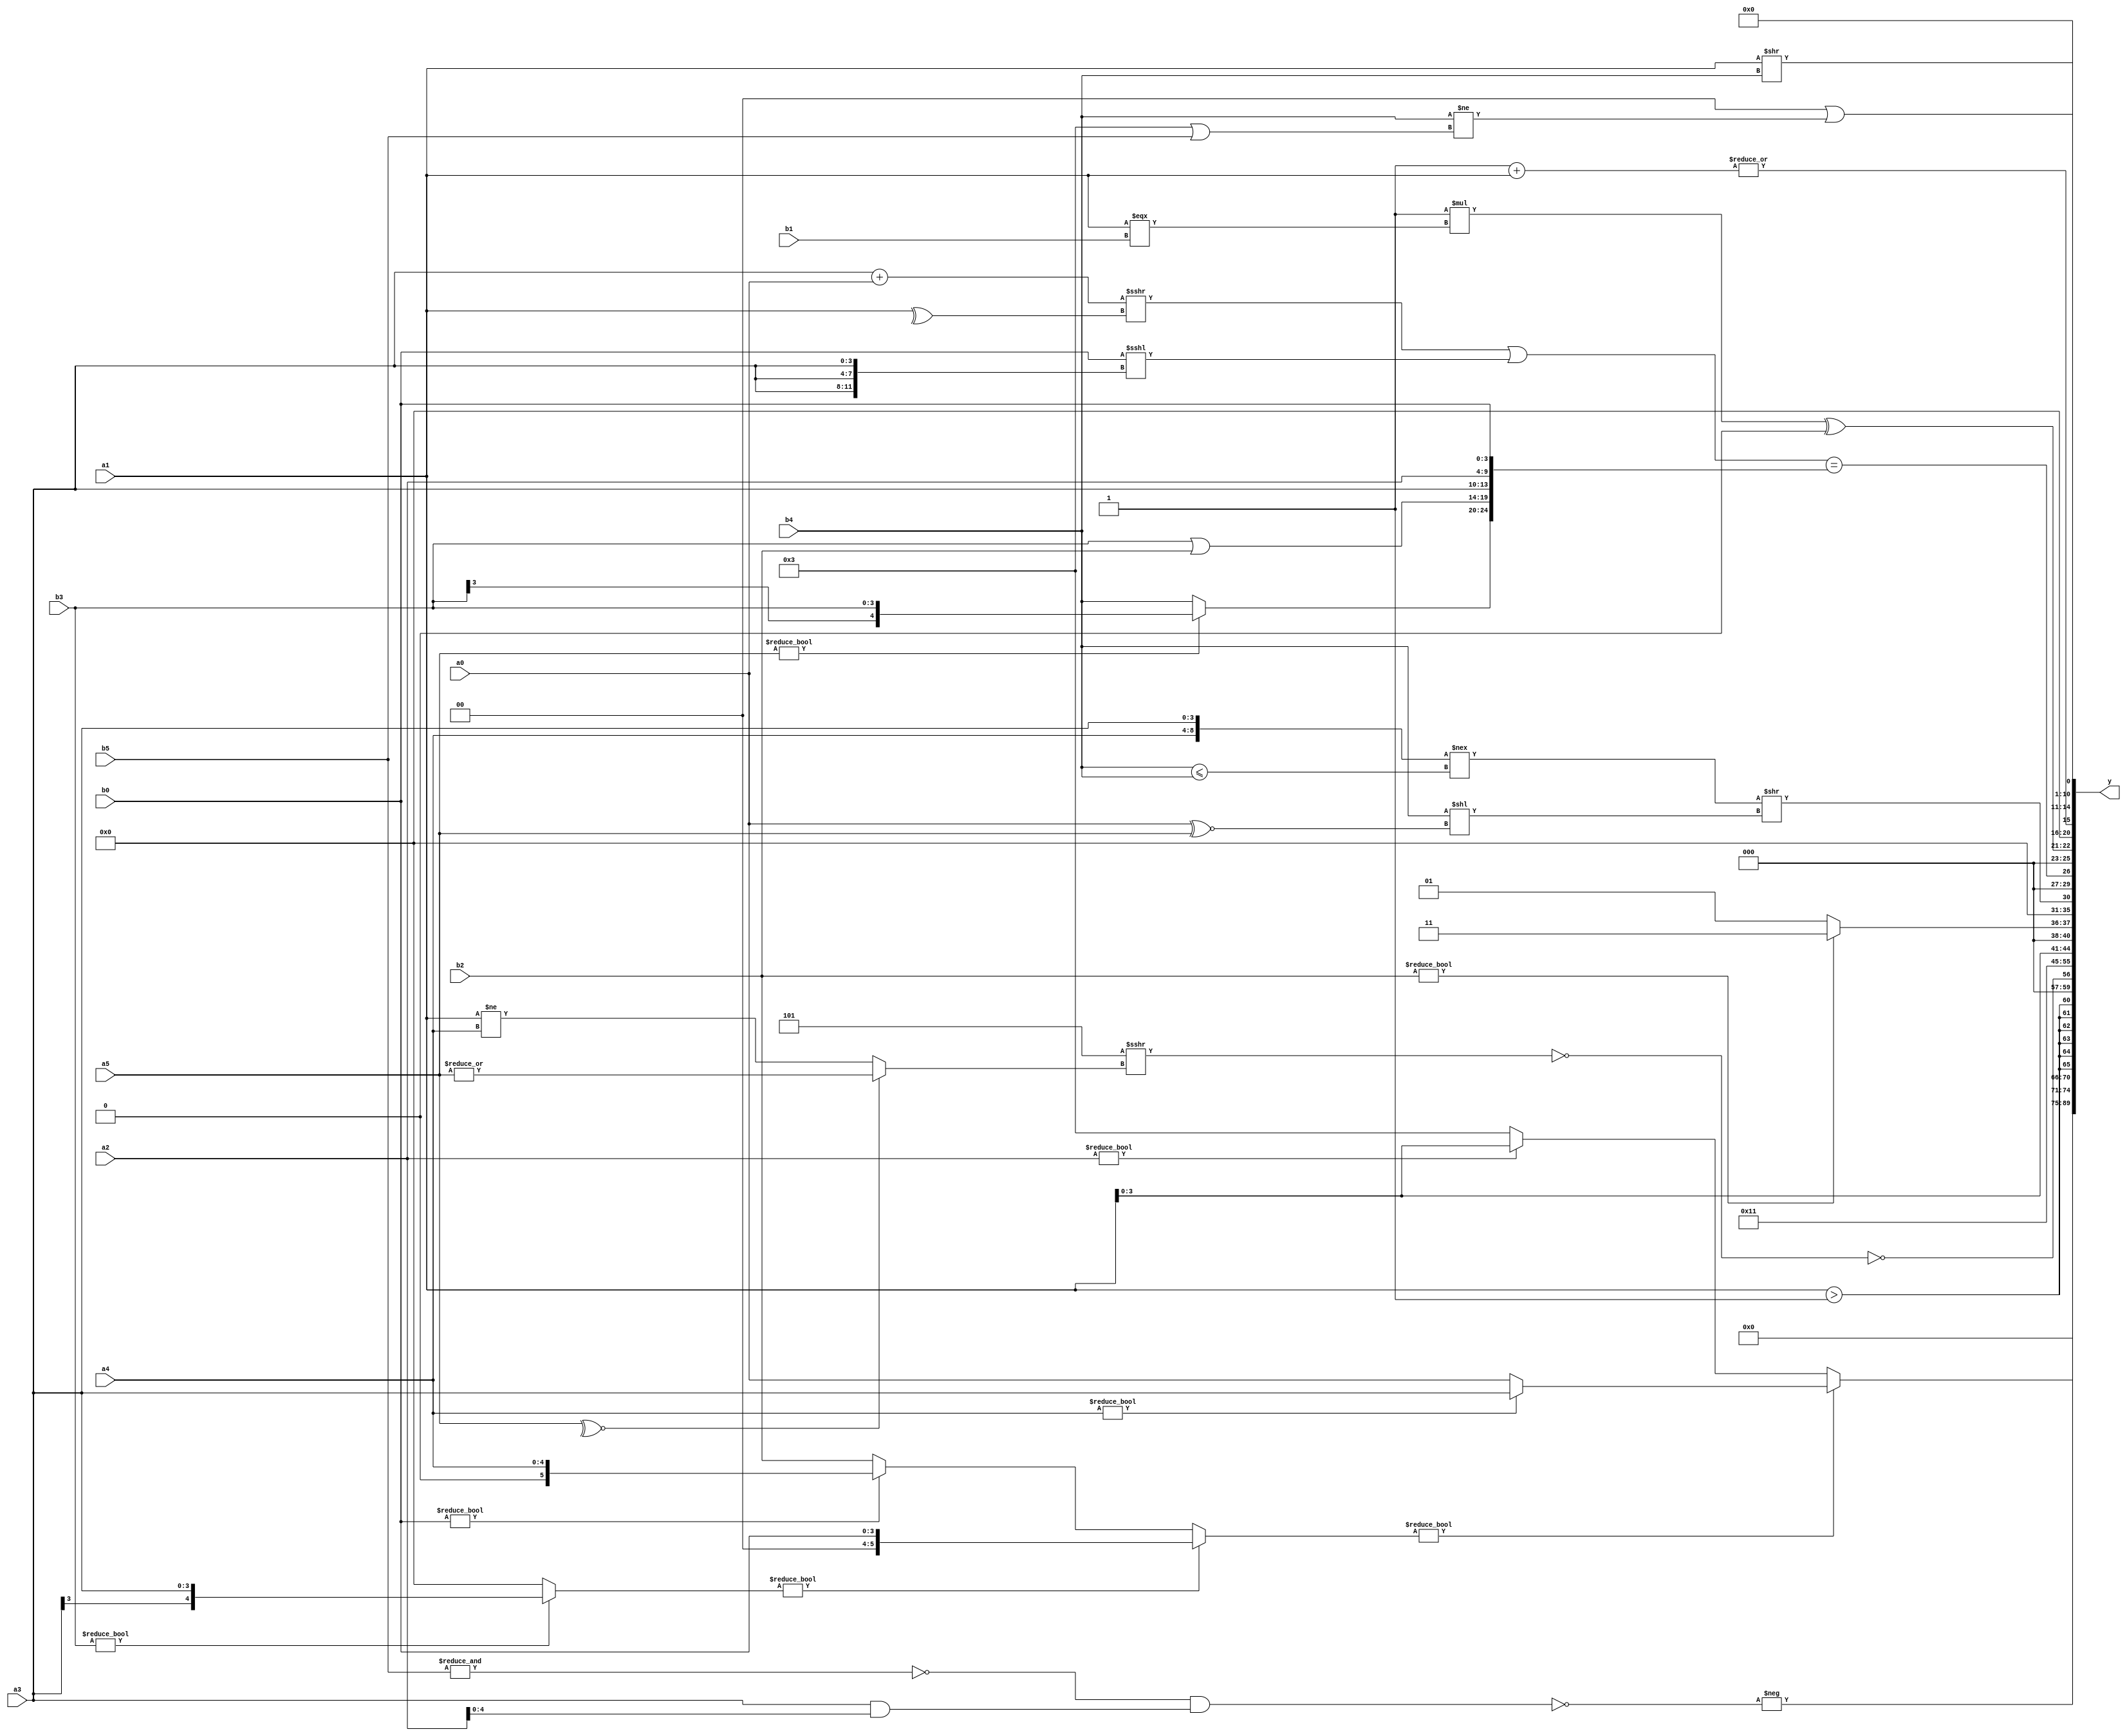
module expression_00830(a0, a1, a2, a3, a4, a5, b0, b1, b2, b3, b4, b5, y);
  input [3:0] a0;
  input [4:0] a1;
  input [5:0] a2;
  input signed [3:0] a3;
  input signed [4:0] a4;
  input signed [5:0] a5;

  input [3:0] b0;
  input [4:0] b1;
  input [5:0] b2;
  input signed [3:0] b3;
  input signed [4:0] b4;
  input signed [5:0] b5;

  wire [3:0] y0;
  wire [4:0] y1;
  wire [5:0] y2;
  wire signed [3:0] y3;
  wire signed [4:0] y4;
  wire signed [5:0] y5;
  wire [3:0] y6;
  wire [4:0] y7;
  wire [5:0] y8;
  wire signed [3:0] y9;
  wire signed [4:0] y10;
  wire signed [5:0] y11;
  wire [3:0] y12;
  wire [4:0] y13;
  wire [5:0] y14;
  wire signed [3:0] y15;
  wire signed [4:0] y16;
  wire signed [5:0] y17;

  output [89:0] y;
  assign y = {y0,y1,y2,y3,y4,y5,y6,y7,y8,y9,y10,y11,y12,y13,y14,y15,y16,y17};

  localparam [3:0] p0 = (!(2'd0));
  localparam [4:0] p1 = (4'd2 * ((2'd3)<<(2'd1)));
  localparam [5:0] p2 = {2{{(&{1{(4'sd5)}}),{4{(5'd19)}}}}};
  localparam signed [3:0] p3 = (~(&(~&(!(((3'd3)==(-2'sd1))&&(|(5'd23)))))));
  localparam signed [4:0] p4 = (((~&((-5'sd5)!=(5'd18)))+(((5'd31)^(5'sd6))<(~(-5'sd0))))>=(4'sd2));
  localparam signed [5:0] p5 = {1{(4'sd5)}};
  localparam [3:0] p6 = (((-4'sd1)?(-2'sd1):(2'd2))^~(3'd3));
  localparam [4:0] p7 = ({((4'sd1)!==(4'd14)),((5'd17)?(-3'sd0):(5'd26))}|{(3'd1),(2'd1),(4'd8)});
  localparam [5:0] p8 = (~|(~|(-2'sd0)));
  localparam signed [3:0] p9 = ((!((^{(3'd6)})||{(2'd3),(4'd14)}))==(&{(((-5'sd1)-(-4'sd3))?(^(4'd6)):{(-2'sd1),(4'd4),(5'sd3)})}));
  localparam signed [4:0] p10 = ((4'd13)<<(-3'sd0));
  localparam signed [5:0] p11 = ((-2'sd0)?(3'sd3):{4{(3'sd0)}});
  localparam [3:0] p12 = ((3'd7)?(5'd1):(5'd13));
  localparam [4:0] p13 = {(~{({(3'd1),(-3'sd3)}>=(-5'sd3))}),{((5'd18)>=(2'd3)),(^{(3'sd0)})}};
  localparam [5:0] p14 = (+(((-4'sd5)?(5'sd10):(4'd13))?{2{(5'd13)}}:((-4'sd3)?(5'sd1):(2'sd1))));
  localparam signed [3:0] p15 = (+(&(+({1{{(5'd18),(3'd7),(-4'sd7)}}}>((&(2'sd0))>>>(+(2'd3)))))));
  localparam signed [4:0] p16 = (~^(~{4{(4'd5)}}));
  localparam signed [5:0] p17 = ((5'sd1)>>(2'd0));

  assign y0 = {(!{({1{(~{p4})}}>>(p3?p15:p10))})};
  assign y1 = (2'sd0);
  assign y2 = (&(-{4{(5'd2 * {3{p2}})}}));
  assign y3 = ($unsigned(((b3?a3:p4)?{b0}:(b0?a4:b2)))?((5'd2 * p6)?(a4?a3:a0):$unsigned(a1)):{(b0<<<a3),(a2?a1:p2)});
  assign y4 = (+(-{{{b4,a5,b4},(+{b3,b5,a1})},{(~((^(~&b5))&(a3&a2)))}}));
  assign y5 = $signed((a1>p16));
  assign y6 = (~&(-(!(((p11?b1:p17)?(p10?p5:a2):{2{p6}})>>>((~^a5)?(|a5):(a1!=a4))))));
  assign y7 = ({{((p3>>p0)>={4{a3}}),(5'd2 * (!p14))}}&(((b5>>a4)-(!b4))==={4{b0}}));
  assign y8 = {{4{p9}}};
  assign y9 = {2{{3{{a1}}}}};
  assign y10 = (b2?p6:p0);
  assign y11 = (!(|(~(({a4,a3}!==(b4<=b4))>>({b4}<<(a0^~a5))))));
  assign y12 = ((((a3+a0)>>>(^a1))||($signed(b0)<<<{3{a3}}))=={{(a5?b3:b4),((b3|b2)),{a3,a2,b0}}});
  assign y13 = (((p2>p13)*(a1===b1))^((p5*p4)>>>(p12>>p12)));
  assign y14 = $unsigned((|({p3,a0}?(p17+a1):$unsigned((~&p9)))));
  assign y15 = {2{(a1>>b4)}};
  assign y16 = ({2{p2}}?{3{p11}}:(p9&&p17));
  assign y17 = ($signed(((2'd1)<<(5'd6)))||($signed($signed(b4))!=(p6||b5)));
endmodule